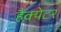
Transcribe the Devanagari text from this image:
हैक्येटर